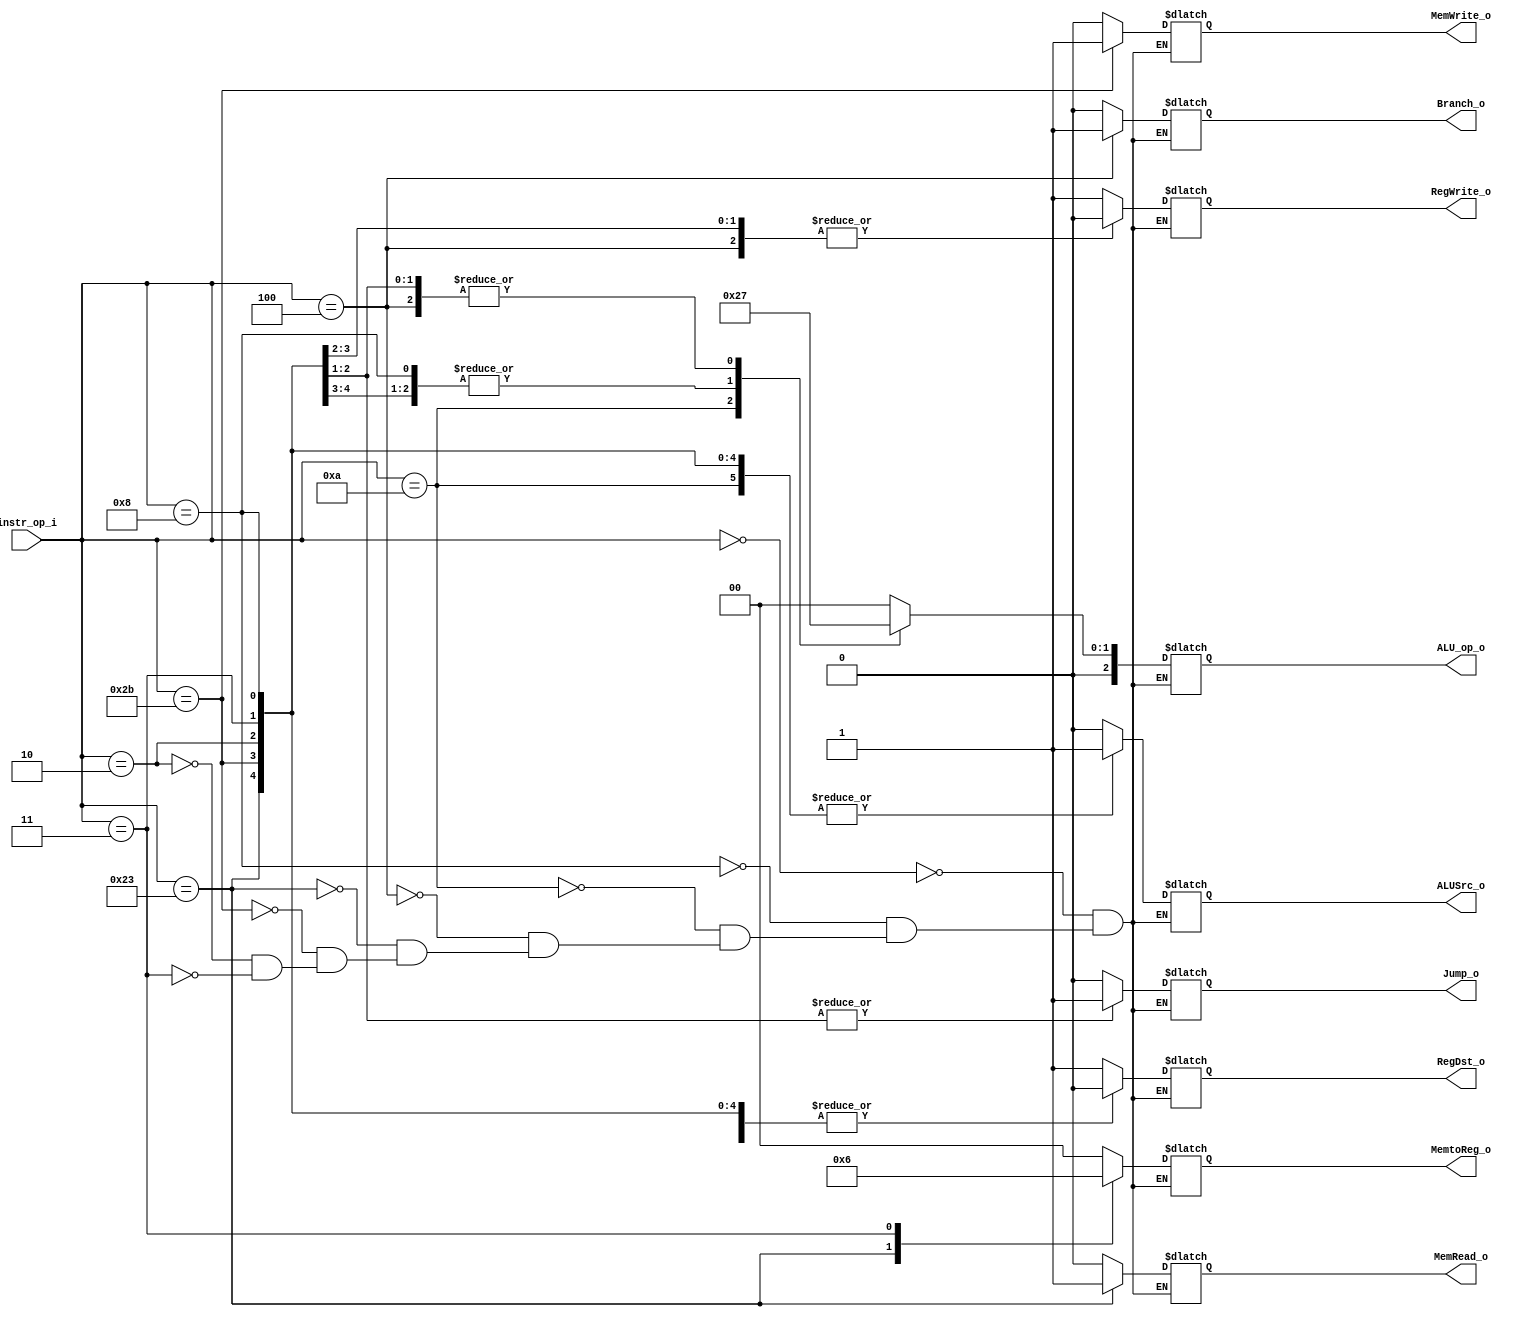

//////////////////////////////////////////////////////////////////////////////////
// student ID: 0516013
// Module Name:  Decoder
//////////////////////////////////////////////////////////////////////////////////

module Decoder(
    instr_op_i,
	RegWrite_o,
	ALU_op_o,
	ALUSrc_o,
	RegDst_o,
	Branch_o,
	Jump_o,
	MemRead_o,
	MemWrite_o,
	MemtoReg_o
	);
     
//I/O ports
input  [6-1:0] instr_op_i;

output         RegWrite_o;
output [3-1:0] ALU_op_o;
output         ALUSrc_o;
output         RegDst_o;
output         Branch_o;
output         Jump_o;
output         MemRead_o;
output         MemWrite_o;
output [2-1:0] MemtoReg_o;
//Internal Signals
reg    [3-1:0] ALU_op_o;
reg            ALUSrc_o;
reg            RegWrite_o;
reg            RegDst_o;
reg            Branch_o;
reg            Jump_o;
reg            MemRead_o;
reg            MemWrite_o;
reg    [2-1:0] MemtoReg_o;

//Parameter


//Main function
always@(*)
begin
    case(instr_op_i)
        6'b000000:begin
			// R-format
			ALU_op_o = 3'b000;
			ALUSrc_o = 1'b0;
			RegWrite_o = 1'b1;
			RegDst_o = 1'b1;
			Branch_o = 1'b0;
			Jump_o = 1'b0;
			MemRead_o = 1'b0;
			MemWrite_o = 1'b0;
			MemtoReg_o = 2'b00;
        end
		6'b001000:begin
			// ADDI
			ALU_op_o = 3'b001;
			ALUSrc_o = 1'b1;
			RegWrite_o = 1'b1;
			RegDst_o = 1'b0;
			Branch_o = 1'b0;
			Jump_o = 1'b0;
			MemRead_o = 1'b0;
			MemWrite_o = 1'b0;
			MemtoReg_o = 2'b00;
        end
		6'b001010:begin
			// SLTI
			ALU_op_o = 3'b010;
			ALUSrc_o = 1'b1;
			RegWrite_o = 1'b1;
			RegDst_o = 1'b0;
			Branch_o = 1'b0;
			Jump_o = 1'b0;
			MemRead_o = 1'b0;
			MemWrite_o = 1'b0;
			MemtoReg_o = 2'b00;
        end
		6'b000100:begin
			// BEQ
			ALU_op_o = 3'b011;
			ALUSrc_o = 1'b0;
			RegWrite_o = 1'b0;
			RegDst_o = 1'b0;
			Branch_o = 1'b1;
			Jump_o = 1'b0;
			MemRead_o = 1'b0;
			MemWrite_o = 1'b0;
			MemtoReg_o = 2'b00;
        end        
		6'b100011:begin
			//lw
			ALU_op_o = 3'b001;
			ALUSrc_o = 1'b1;
			RegWrite_o = 1'b1;
			RegDst_o = 1'b0;
			Branch_o = 1'b0;
			Jump_o = 1'b0;
			MemRead_o = 1'b1;
			MemWrite_o = 1'b0;
			MemtoReg_o = 2'b01;
		end
		6'b101011:begin
			//sw
			ALU_op_o = 3'b001;
			ALUSrc_o = 1'b1;
			RegWrite_o = 1'b0;
			RegDst_o = 1'b0;
			Branch_o = 1'b0;
			Jump_o = 1'b0;
			MemRead_o = 1'b0;
			MemWrite_o = 1'b1;
			MemtoReg_o = 2'b00;
		end
		6'b000010:begin
			//jump
			ALU_op_o = 3'b011; // not important
			ALUSrc_o = 1'b1;
			RegWrite_o = 1'b0;
			RegDst_o = 1'b0;
			Branch_o = 1'b0;
			Jump_o = 1'b1;
			MemRead_o = 1'b0;
			MemWrite_o = 1'b0;
			MemtoReg_o = 2'b00;
		end
		6'b000011:begin
			//jal
			ALU_op_o = 3'b011; // not important
			ALUSrc_o = 1'b1;
			RegWrite_o = 1'b1;
			RegDst_o = 1'b0;
			Branch_o = 1'b0;
			Jump_o = 1'b1;
			MemRead_o = 1'b0;
			MemWrite_o = 1'b0;
			MemtoReg_o = 2'b10;
		end
    endcase
end
endmodule